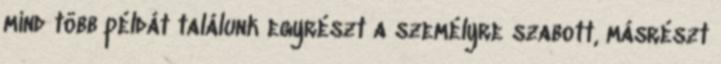
mind több példát találunk egyrészt a személyre szabott, másrészt